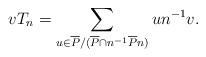
LaTeX: \begin{align*}vT_n=\sum_{u\in \overline{P}/(\overline{P}\cap n^{-1}\overline{P}n)}un^{-1}v.\end{align*}